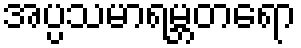
အပ္ပသမာရမ္ဘတရော